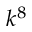
k ^ { 8 }